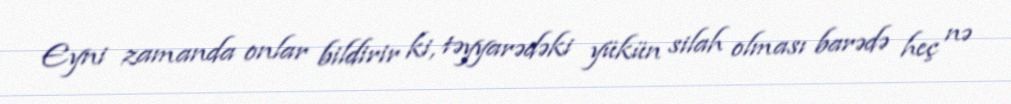
Eyni zamanda onlar bildirir ki, təyyarədəki yükün silah olması barədə heç nə